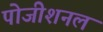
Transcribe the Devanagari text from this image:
पोजीशनल